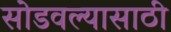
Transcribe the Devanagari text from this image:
सोडवल्यासाठी